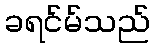
ခရင်မ်သည်